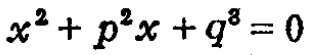
\(x^{2}+p^{2}x + q^{3}=0\)